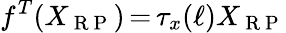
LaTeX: f^{T}(X_{\mathrm{~R~P~}})\mathop{=}\tau_{x}(\ell)X_{\mathrm{~R~P~}}